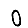
Digit: 0